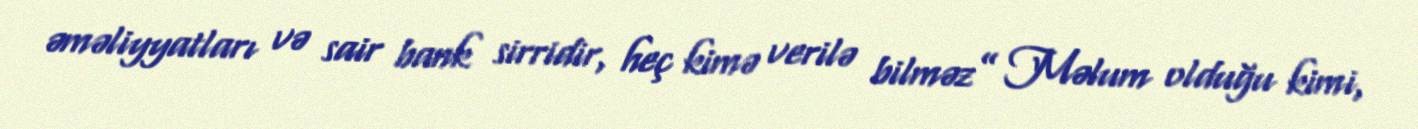
əməliyyatları və sair bank sirridir, heç kimə verilə bilməz” Məlum olduğu kimi,